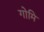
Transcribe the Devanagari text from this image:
गोमि